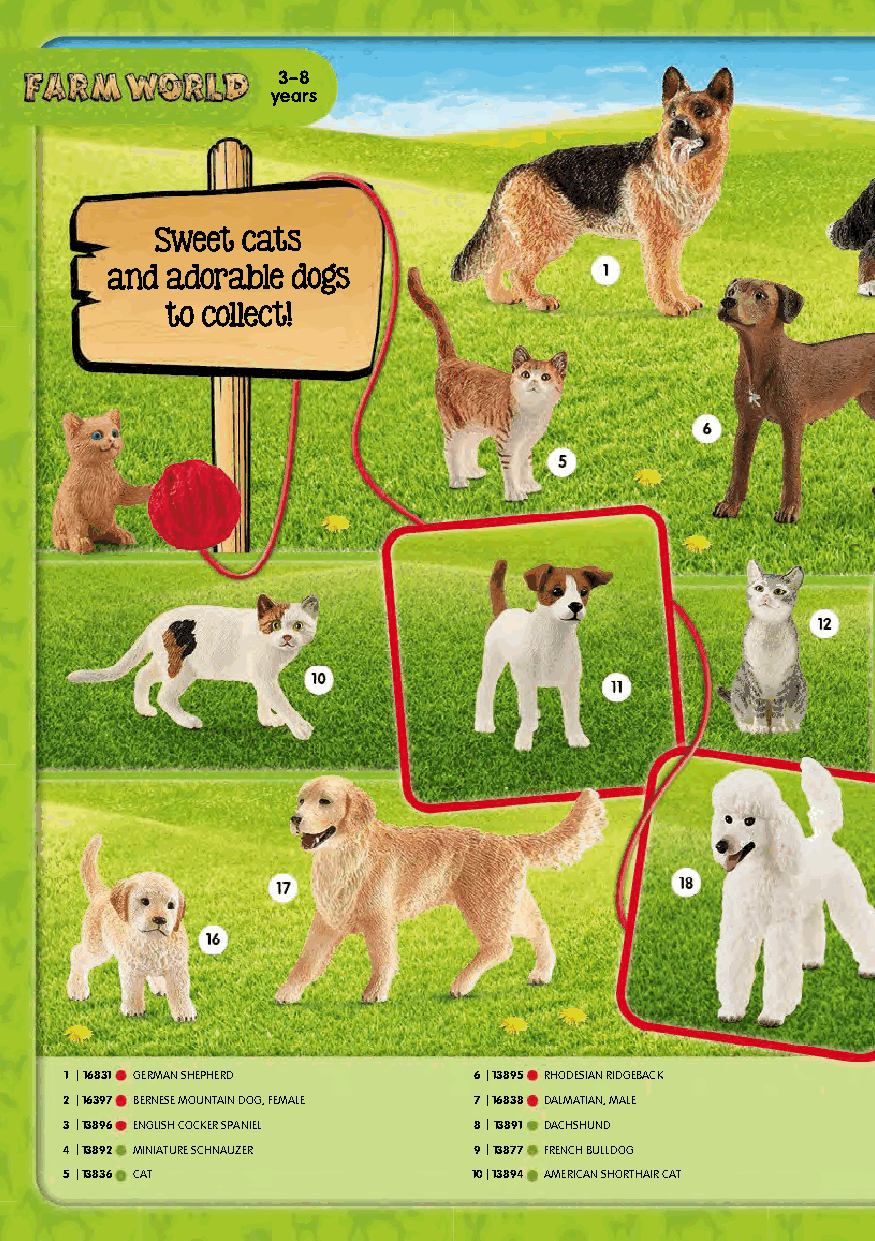
3–8
 years
 SSwweeeett ccaattss
 aanndd aaddoorraabbllee ddooggss
 ttoo ccoolllleecctt!!
 1 |16831 GERMAN SHEPHERD   6|13895 RHODESIAN RIDGEBACK
 2|16397 BERNESE MOUNTAIN DOG, FEMALE 7|16838 DALMATIAN, MALE
 3|13896 ENGLISH COCKER SPANIEL 8|13891 DACHSHUND
 4|13892 MINIATURE SCHNAUZER 9|13877 FRENCH BULLDOG
 5|13836 CAT                10|13894 AMERICAN SHORTHAIR CAT